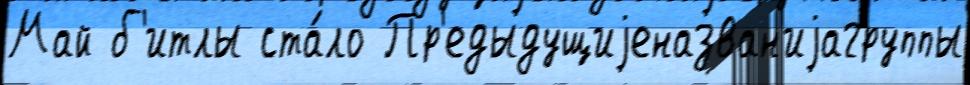
Май б'итлы ста́ло Пр'едыдущиjеназван'иjагруппы